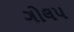
ગોલપ